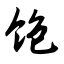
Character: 饱